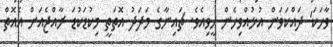
ވާހަކަ' ދައްކަވަން އުޅުއްވިހެން ހީވިއެވެ. ޗައިނާގެ މަދަދު އޮތަތީ މިކުޑަކުޑަ ރާއްޖެއަށް އެއޮތް